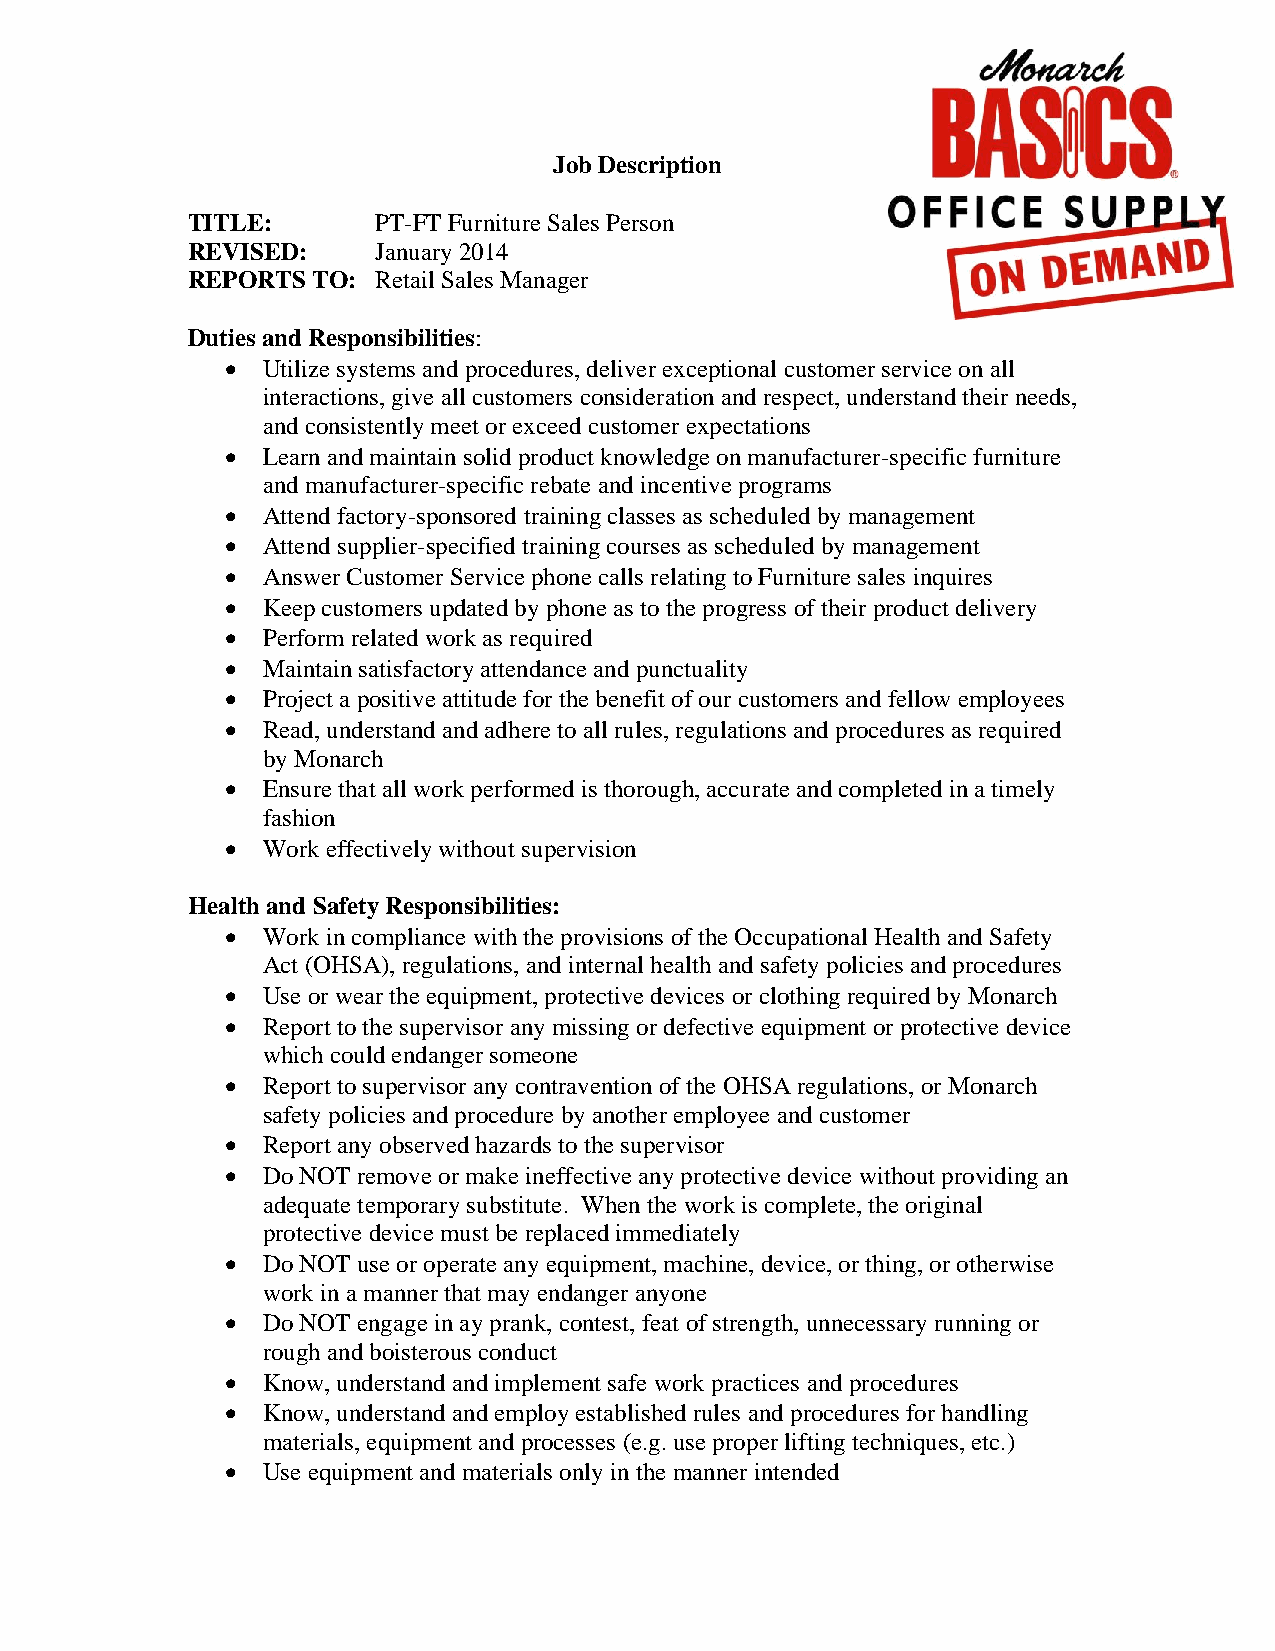
Job Description
 TITLE:       PT-FT Furniture Sales Person
 REVISED:     January 2014
 REPORTS  TO: Retail Sales Manager
 Duties and Responsibilities:
 • Utilize systems and procedures, deliver exceptional customer service on all
 interactions, give all customers consideration and respect, understand their needs,
 and consistently meet or exceed customer expectations
 • Learn and maintain solid product knowledge on manufacturer-specific furniture
 and manufacturer-specific rebate and incentive programs
 • Attend factory-sponsored training classes as scheduled by management
 • Attend supplier-specified training courses as scheduled by management
 • Answer Customer Service phone calls relating to Furniture sales inquires
 • Keep customers updated by phone as to the progress of their product delivery
 • Perform related work as required
 • Maintain satisfactory attendance and punctuality
 • Project a positive attitude for the benefit of our customers and fellow employees
 • Read, understand and adhere to all rules, regulations and procedures as required
 by Monarch
 • Ensure that all work performed is thorough, accurate and completed in a timely
 fashion
 • Work effectively without supervision
 Health and Safety Responsibilities:
 • Work in compliance with the provisions of the Occupational Health and Safety
 Act (OHSA), regulations, and internal health and safety policies and procedures
 • Use or wear the equipment, protective devices or clothing required by Monarch
 • Report to the supervisor any missing or defective equipment or protective device
 which could endanger someone
 • Report to supervisor any contravention of the OHSA regulations, or Monarch
 safety policies and procedure by another employee and customer
 • Report any observed hazards to the supervisor
 • Do NOT remove or make ineffective any protective device without providing an
 adequate temporary substitute. When the work is complete, the original
 protective device must be replaced immediately
 • Do NOT use or operate any equipment, machine, device, or thing, or otherwise
 work in a manner that may endanger anyone
 • Do NOT engage in ay prank, contest, feat of strength, unnecessary running or
 rough and boisterous conduct
 • Know, understand and implement safe work practices and procedures
 • Know, understand and employ established rules and procedures for handling
 materials, equipment and processes (e.g. use proper lifting techniques, etc.)
 • Use equipment and materials only in the manner intended